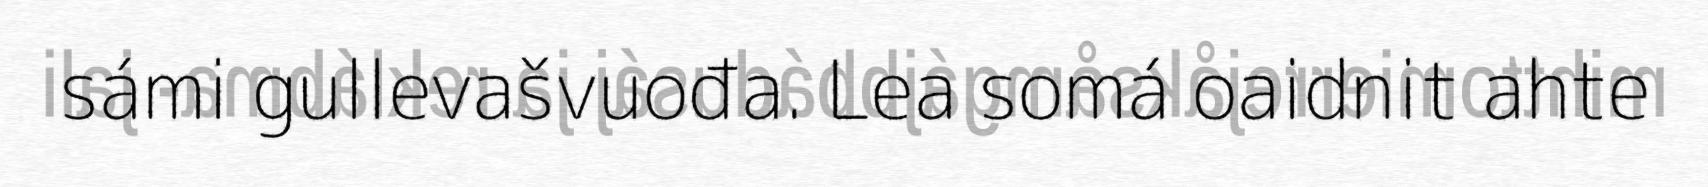
sámi gullevašvuođa. Lea somá oaidnit ahte